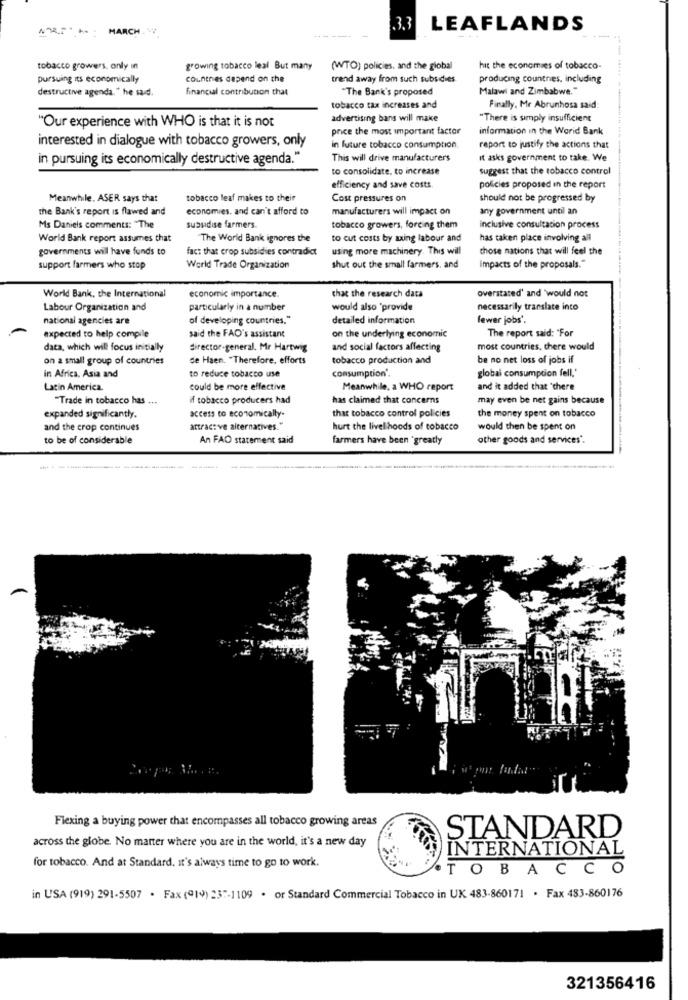
: MARCH.W.
3.3
LEAFLANDS
------
tobacco growers, only in
growing tobacco leal But many
(WTO) policies, and the global
hit the economies of tobacco-
pursuing its economically
countries depend on the
trend away from such subsidies
producing countries, including
destructive agenda." he said.
financial contribution that
"The Bank's proposed
Malawi and Zimbabwe."
tobacco tax increases and
Finally, Mr Abrunhosa said:
advertising bans will make
"There is simply insufficient
"Our experience with WHO is that it is not
price the most important factor
information in the World Bank
interested in dialogue with tobacco growers, only
in future tobacco consumption.
report to justify the actions that
in pursuing its economically destructive agenda."
This will drive manufacturers
it asks government to take. We
to consolidate, to increase
suggest that the tobacco control
efficiency and save costs.
policies proposed in the report
Meanwhile. ASER says that
tobacco leaf makes to their
Cost pressures on
should not be progressed by
the Bank's report is flawed and
economies. and can't afford to
manufacturers will impact on
any government until an
Ms Daniels comments: "The
subsidise farmers.
tobacco growers, forcing them
Inclusive consultacion process
World Bank report assumes that
The World Bank ignores the
to cut costs by axing labour and
has taken place involving all
governments will have funds to
fact that crop subsidies contradict
using more machinery. This will
chose nations that will feel the
support farmers who stop
World Trade Organization
shut out the small farmers, and
impacts of the proposals."
economic importance.
World Bank, the International
that the research data
overstated' and 'would not
Labour Organization and
particularly in a number
would also 'provide
necessarily translate into
national agencies are
of developing countries."
detailed information
fewer jobs'.
expected to help compile
The report said: "For
said the FAO's assistant
on the underlying economic
data, which will focus initially
director-general. Mr Hartwig
and social factors affecting
most countries, there would
on a small group of countries
de Haen. "Therefore, efforts
tobacco production and
be no net loss of jobs if
in Africa, Asia and
to reduce tobacco use
consumption".
global consumption fell,
Latin America.
could be more effective
Meanwhile, a WHO report
and it added that "there
"Trade in tobacco has ...
if tobacco producers had
has claimed that concerns
may even be net gains because
that tobacco control policies
the money spent on tobacco
expanded significantly.
access to economically-
and the crop continues
attractive alternatives."
hurt the livelihoods of tobacco
would then be spent on
to be of considerable
An FAO statement said
farmers have been 'greatly
other goods and services".
Flexing a buying power that encompasses all tobacco growing areas
STANDARD
across the globe. No matter where you are in the world, it's a new day
INTERNATIONAL
for tobacco. And at Standard, it's always time to go to work.
TOBACCO
in USA (919) 291-5507 · Fax (@14) 237-1109 . or Standard Commercial Tobacco in UK 483-860171 . Fax 483-860176
321356416